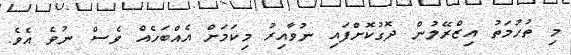
މި ތުހުމަތު އިޒްރޭލުން ދޮގުކޮށްފައި ނުވާއިރު މިކަމަށް އެއްބަހެއް ވެސް ނުވެ އެވެ.